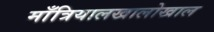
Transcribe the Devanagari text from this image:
माँत्रियालखालोखाल